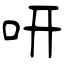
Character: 咞